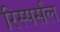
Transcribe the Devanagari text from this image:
रिस्पर्सल